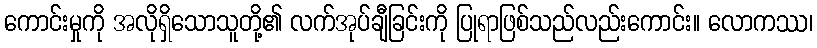
ကောင်းမှုကို အလိုရှိသောသူတို့၏ လက်အုပ်ချီခြင်းကို ပြုရာဖြစ်သည်လည်းကောင်း။ လောကဿ၊